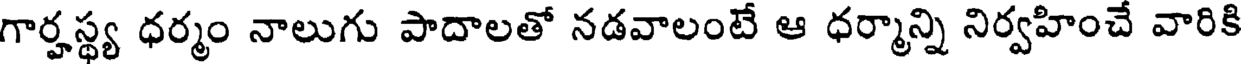
గార్హస్థ్య ధర్మం నాలుగు పాదాలతో నడవాలంటే ఆ ధర్మాన్ని నిర్వహించే వారికి